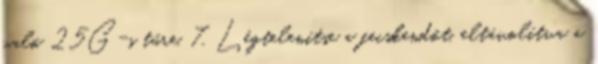
való 25G-s tűre. 7. Légtelenítse a fecskendőt, eltávolítva a